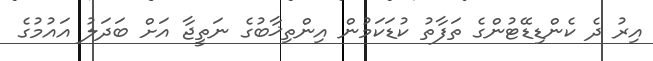
އިރު ދެ ކެންޑިޑޭޓުންގެ ތަފާތު ކުޑަކަމުން އިންތިޚާބުގެ ނަތީޖާ އަށް ބަދަލު އައުމުގެ